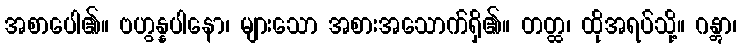
အစာပေါ၏။ ဗဟွန္နပါနော၊ များသော အစားအသောက်ရှိ၏။ တတ္ထ၊ ထိုအရပ်သို့။ ဂန္တွာ၊